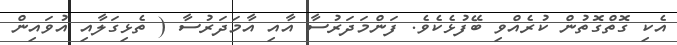
އެކި ގޮތްގޮތުން ކުރެއްވި ބޭފުޅެކެވެ. ފަންމަދަރުސާ އާއި އާމަދަރުސާ ( ތެޅިގަލާއި އުވައިން